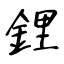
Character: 鋰